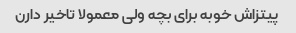
پیتزاش خوبه برای بچه ولی معمولا تاخیر دارن